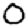
Digit: 0